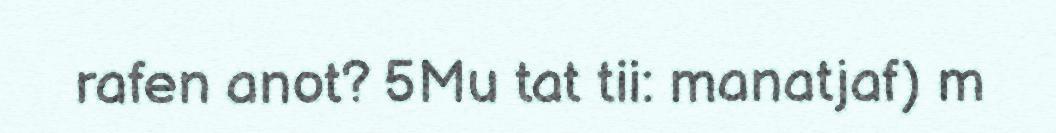
rafen anot? 5Mu tat tii: manatjaf) m